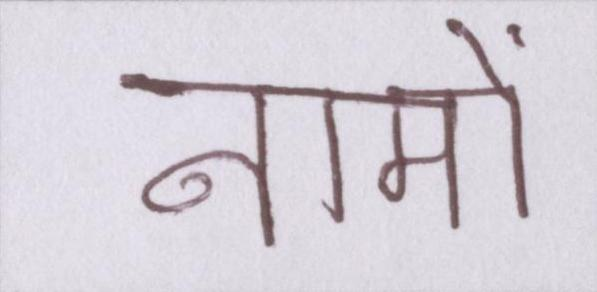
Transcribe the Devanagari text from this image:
नामों